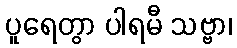
ပူရေတွာ ပါရမီ သဗ္ဗာ၊